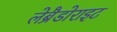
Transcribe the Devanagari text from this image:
लेब्रैडोराइट